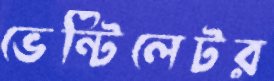
ভেন্টিলেটর